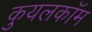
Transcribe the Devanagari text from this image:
कुयलकॉम